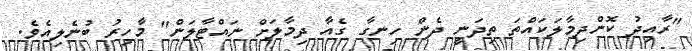
"ރާއިދު ކޮންދިމާލަކައްތަ ތިދަނީ ދެން ހިނގާ ގެއާ ދިމާލަށް ނައްޓާލަން" މާހިރު ބުނެލިއެވެ.